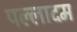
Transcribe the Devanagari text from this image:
पल्लादम